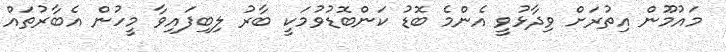
މައުމޫން އިތުރަށް ވިދާޅުވީ އެންމެ ބޮޑު ކަންބޮޑުވުމަކީ ބާރު ލިބިފައިވާ މީހުން އެބާރުތައް